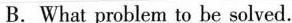
B.What problem to be solver